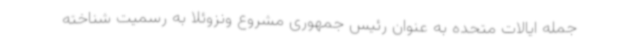
جمله ایالات متحده به عنوان رئیس جمهوری مشروع ونزوئلا به رسمیت شناخته